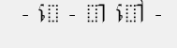
- េ - ា ៅ -